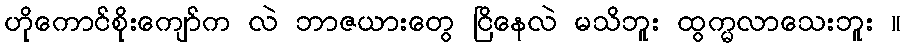
ဟိုကောင်စိုးကျော်က လဲ ဘာဇယားတွေ ငြိနေလဲ မသိဘူး ထွက္မလာသေးဘူး ။